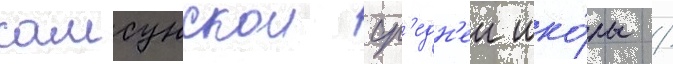
самсунскои ср'едн'еи шко́лы /